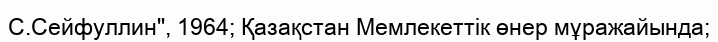
С.Сейфуллин", 1964; Қазақстан Мемлекеттік өнер мұражайында;